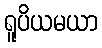
ရူပိယမယာ